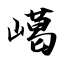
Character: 嶱